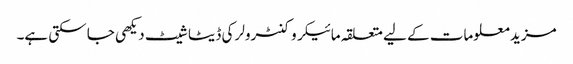
مزید معلومات کے لیے متعلقہ مائیکروکنٹرولر کی ڈیٹا شیٹ دیکھی جا سکتی ہے۔